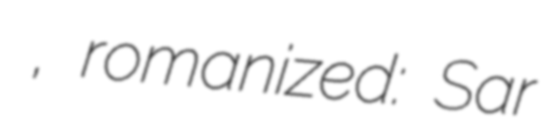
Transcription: به مهر, romanized: Sar